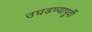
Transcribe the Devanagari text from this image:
उघडण्यापूर्वी